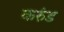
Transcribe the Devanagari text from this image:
करुंड